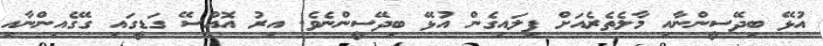
އުޅޭ ބިދޭސީންނާއި މާލެތެރެއަށް ފިލައިގެން އުޅޭ ބިދޭސީންނެވެ. އިރު އޮއްސޭ ގަޑީގައި ގޭގެއިންނާއި